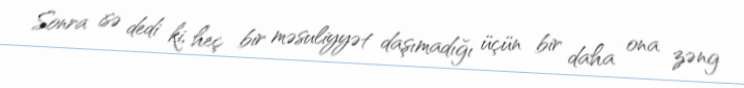
Sonra isə dedi ki, heç bir məsuliyyət daşımadığı üçün bir daha ona zəng